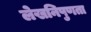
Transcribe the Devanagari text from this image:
लेखनिपुणता